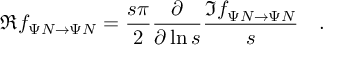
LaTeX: { \Re f _ { \Psi N \to \Psi N } } = { \frac { s \pi } { 2 } } { { \frac { \partial } { \partial \ln { s } } } { \frac { \Im f _ { \Psi N \to \Psi N } } { s } } } \quad .